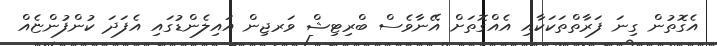
އެގޮތުން ގިނަ ފަރާތްތަކަކާއި އެއްގޮތަށް އޭނާވެސް ބްރިޓިޝް ވަރޖިން އައިލެންޑުގައި އެފަދަ ކުންފުންޏެއް